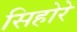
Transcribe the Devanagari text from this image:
सिहोरे